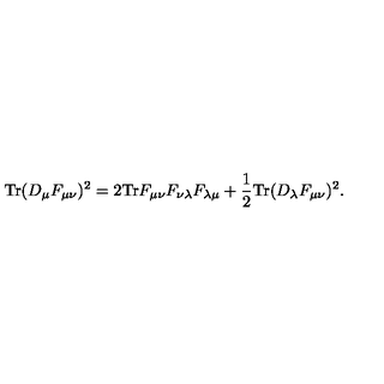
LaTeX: \mathrm { T r } ( D _ { \mu } F _ { \mu \nu } ) ^ { 2 } = 2 \mathrm { T r } F _ { \mu \nu } F _ { \nu \lambda } F _ { \lambda \mu } + \frac { 1 } { 2 } \mathrm { T r } ( D _ { \lambda } F _ { \mu \nu } ) ^ { 2 } .